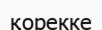
қорекке